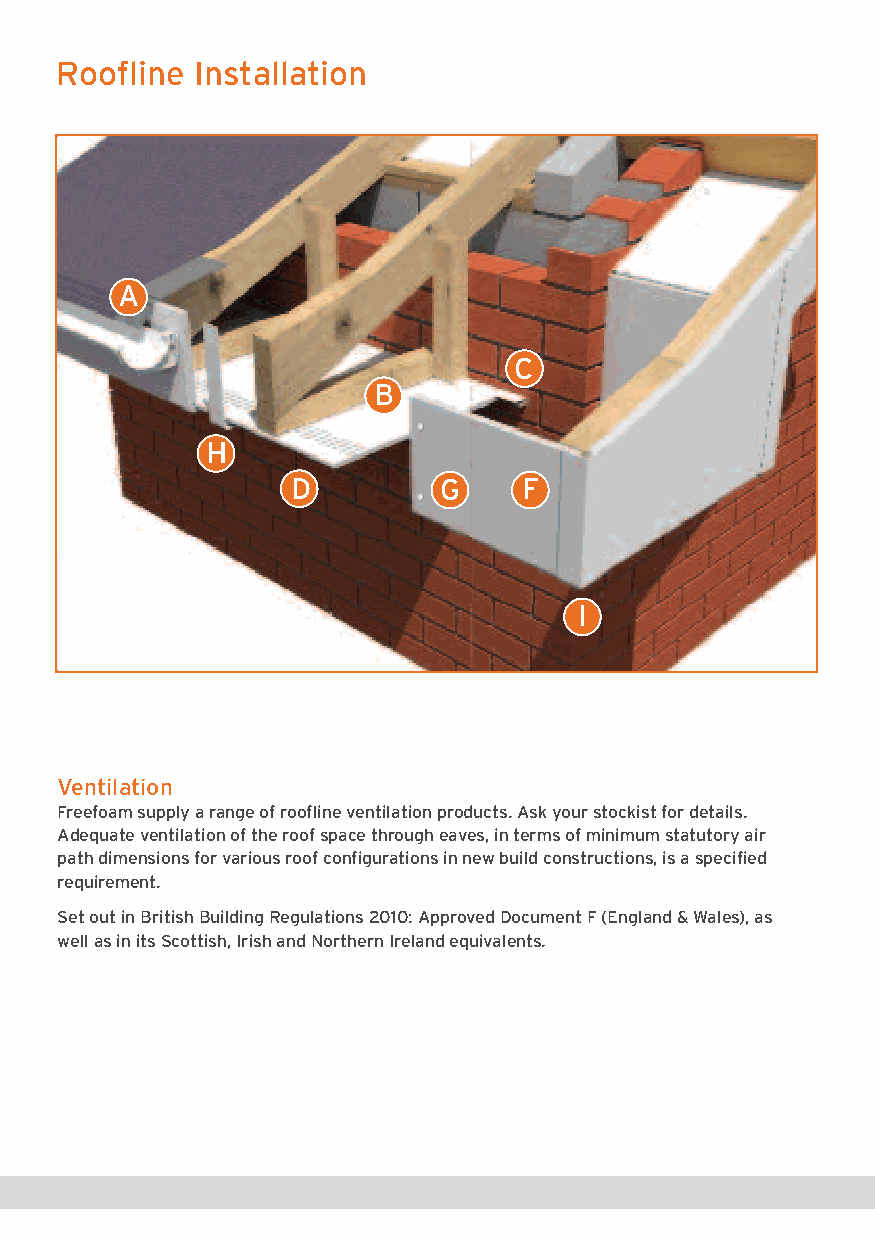
Roofline Installation
 A
 C
 B
 H
 D        G     F
 I
 Ventilation
 Freefoam supply a range of roofline ventilation products. Ask your stockist for details.
 Adequate ventilation of the roof space through eaves, in terms of minimum statutory air
 path dimensions for various roof configurations in new build constructions, is a specified
 requirement.
 Set out in British Building Regulations 2010: Approved Document F (England & Wales), as
 well as in its Scottish, Irish and Northern Ireland equivalents.